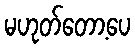
မဟုတ်တော့ပေ